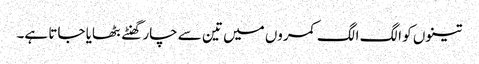
تینوں کو الگ الگ کمروں میں تین سے چار گھنٹے بٹھایا جاتا ہے۔